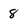
Character: 8